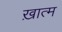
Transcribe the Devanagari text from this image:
ख़ात्म